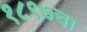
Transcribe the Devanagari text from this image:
१८९७चा